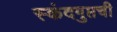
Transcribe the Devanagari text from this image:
स्कंदगुप्तची